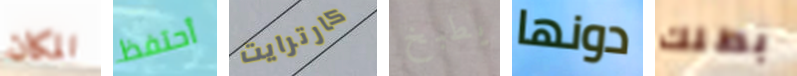
المكان أحتفظ كارترايت يطبخ دونها بطلك